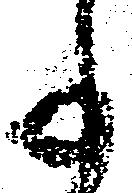
事